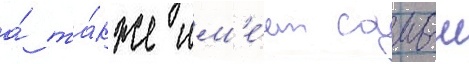
а́ та́кже им'е́ет самыи